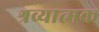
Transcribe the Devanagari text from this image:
श्रव्यात्मक